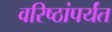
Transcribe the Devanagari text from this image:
वरिष्ठांपर्यंत